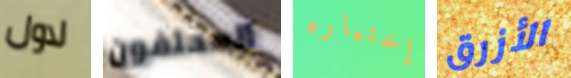
لاول المحلفون إختياره الأزرق